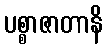
ပစ္စာဇာတာနိ